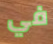
في